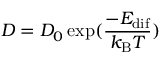
D = D _ { 0 } \exp ( \frac { - E _ { \mathrm { d i f } } } { k _ { \mathrm { B } } T } )